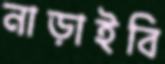
নাড়াইবি